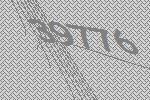
39776